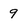
Character: 9